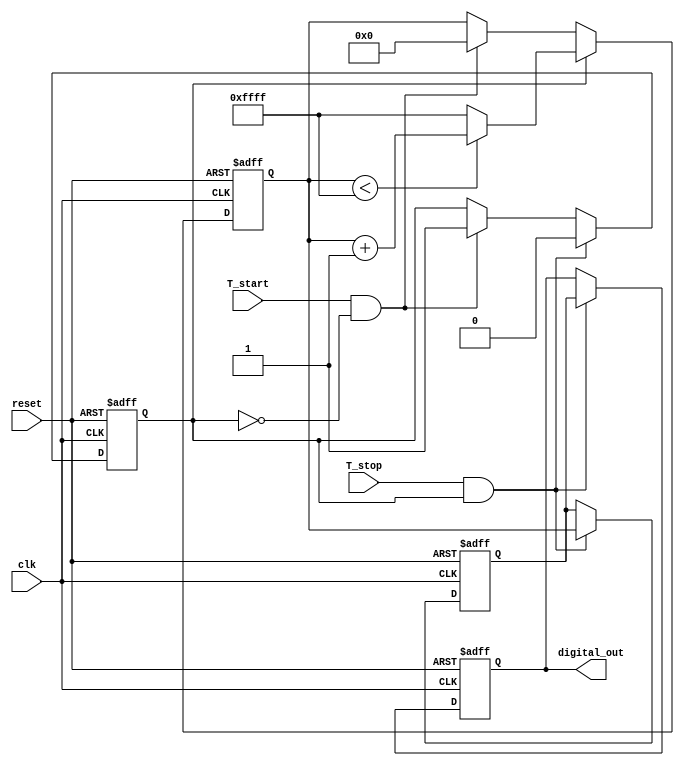
module TDC (
    input wire clk,              // System clock
    input wire reset,            // Asynchronous reset
    input wire T_start,          // Start signal
    input wire T_stop,           // Stop signal
    output reg [15:0] digital_out // Digital output (16-bit)
);

    // Parameters
    parameter CHARGE_RATE = 1;   // Charging rate (arbitrary units)
    parameter MAX_COUNT = 65535;  // Maximum count for 16-bit output

    // Internal signals
    reg [15:0] voltage_level;     // Voltage level representing time interval
    reg charging;                 // Charging state flag
    reg [15:0] counter;           // Counter for time measurement

    // State machine for TDC operation
    always @(posedge clk or posedge reset) begin
        if (reset) begin
            // Reset all registers
            voltage_level <= 0;
            counter <= 0;
            charging <= 0;
            digital_out <= 0;
        end else begin
            // Start signal detected
            if (T_start && !charging) begin
                charging <= 1; // Begin charging
                counter <= 0;  // Reset counter
            end
            
            // Charging process
            if (charging) begin
                if (counter < MAX_COUNT) begin
                    counter <= counter + CHARGE_RATE; // Increment counter
                end else begin
                    counter <= MAX_COUNT; // Cap at max count
                end
            end
            
            // Stop signal detected
            if (T_stop && charging) begin
                charging <= 0; // Stop charging
                voltage_level <= counter; // Capture voltage level
                digital_out <= voltage_level; // Output digital value
            end
        end
    end

endmodule